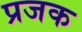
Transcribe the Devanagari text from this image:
प्रजक